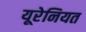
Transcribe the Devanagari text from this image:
यूरेनियत